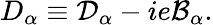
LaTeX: D_{\alpha}\equiv\mathcal{D}_{\alpha}-ie\mathcal{B}_{\alpha}.